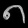
Digit: ၈